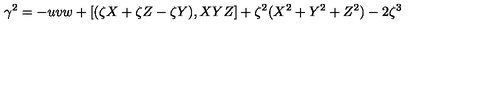
\gamma ^ { 2 } = - u v w + [ ( \zeta X + \zeta Z - \zeta Y ) , X Y Z ] + \zeta ^ { 2 } ( X ^ { 2 } + Y ^ { 2 } + Z ^ { 2 } ) - 2 \zeta ^ { 3 }